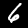
Label: 6